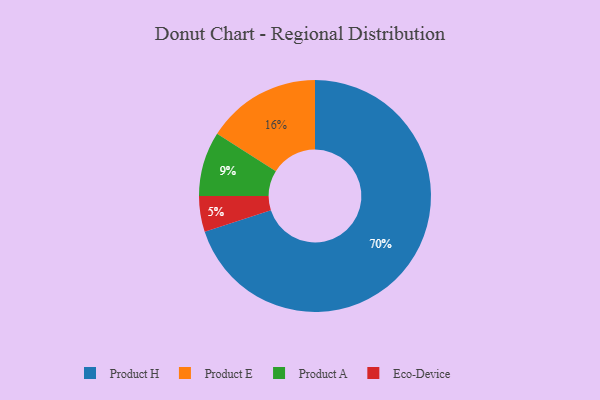
{"axis": {"x": "Category", "y": "Percentage"}, "legend": ["Eco-Device", "Product A", "Product E", "Product H"], "data": [{"x": "Product A", "y": 9, "type": "Product A"}, {"x": "Eco-Device", "y": 5, "type": "Eco-Device"}, {"x": "Product E", "y": 16, "type": "Product E"}, {"x": "Product H", "y": 70, "type": "Product H"}]}